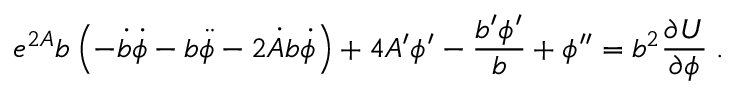
e ^ { 2 A } b \left( - \dot { b } \dot { \phi } - b \ddot { \phi } - 2 \dot { A } b \dot { \phi } \right) + 4 A ^ { \prime } \phi ^ { \prime } - \frac { b ^ { \prime } \phi ^ { \prime } } { b } + \phi ^ { \prime \prime } = b ^ { 2 } \frac { \partial U } { \partial \phi } \; .